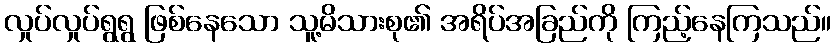
လှုပ်လှုပ်ရွရွ ဖြစ်နေသော သူ့မိသားစု၏ အရိပ်အခြည်ကို ကြည့်နေကြသည်။